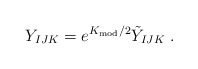
\begin{align*}Y_{IJK} = e^{K_{\rm mod}/2}\tilde{Y}_{IJK}\; .\end{align*}